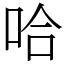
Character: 哈